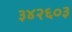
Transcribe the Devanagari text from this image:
३४२६०३